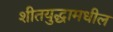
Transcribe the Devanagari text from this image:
शीतयुद्धामधील